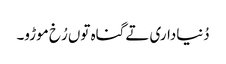
دُنیاداری تے گناہ توں رُخ موڑو۔